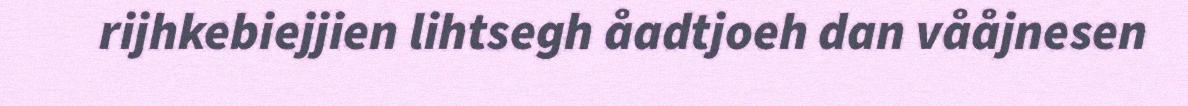
rijhkebiejjien lihtsegh åadtjoeh dan vååjnesen